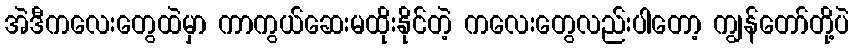
အဲဒီကလေးတွေထဲမှာ ကာကွယ်ဆေးမထိုးနိုင်တဲ့ ကလေးတွေလည်းပါတော့ ကျွန်တော်တို့ပဲ